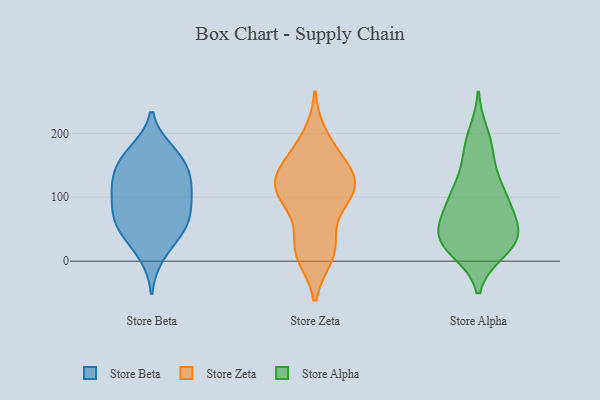
{"axis": {"x": "Conversion Rate (%)", "y": "Value"}, "legend": ["Store Alpha", "Store Beta", "Store Zeta"], "data": [{"x": "", "y": 122, "type": "Store Beta"}, {"x": "", "y": 41, "type": "Store Beta"}, {"x": "", "y": 10, "type": "Store Beta"}, {"x": "", "y": 66, "type": "Store Beta"}, {"x": "", "y": 164, "type": "Store Beta"}, {"x": "", "y": 139, "type": "Store Beta"}, {"x": "", "y": 55, "type": "Store Beta"}, {"x": "", "y": 172, "type": "Store Beta"}, {"x": "", "y": 115, "type": "Store Beta"}, {"x": "", "y": 50, "type": "Store Beta"}, {"x": "", "y": 79, "type": "Store Beta"}, {"x": "", "y": 163, "type": "Store Beta"}, {"x": "", "y": 86, "type": "Store Beta"}, {"x": "", "y": 131, "type": "Store Beta"}, {"x": "", "y": 103, "type": "Store Beta"}, {"x": "", "y": 89, "type": "Store Zeta"}, {"x": "", "y": 106, "type": "Store Zeta"}, {"x": "", "y": 121, "type": "Store Zeta"}, {"x": "", "y": 112, "type": "Store Zeta"}, {"x": "", "y": 128, "type": "Store Zeta"}, {"x": "", "y": 170, "type": "Store Zeta"}, {"x": "", "y": 139, "type": "Store Zeta"}, {"x": "", "y": 120, "type": "Store Zeta"}, {"x": "", "y": 10, "type": "Store Zeta"}, {"x": "", "y": 101, "type": "Store Zeta"}, {"x": "", "y": 18, "type": "Store Zeta"}, {"x": "", "y": 154, "type": "Store Zeta"}, {"x": "", "y": 17, "type": "Store Zeta"}, {"x": "", "y": 28, "type": "Store Zeta"}, {"x": "", "y": 194, "type": "Store Zeta"}, {"x": "", "y": 35, "type": "Store Alpha"}, {"x": "", "y": 26, "type": "Store Alpha"}, {"x": "", "y": 17, "type": "Store Alpha"}, {"x": "", "y": 48, "type": "Store Alpha"}, {"x": "", "y": 104, "type": "Store Alpha"}, {"x": "", "y": 82, "type": "Store Alpha"}, {"x": "", "y": 37, "type": "Store Alpha"}, {"x": "", "y": 176, "type": "Store Alpha"}, {"x": "", "y": 81, "type": "Store Alpha"}, {"x": "", "y": 33, "type": "Store Alpha"}, {"x": "", "y": 118, "type": "Store Alpha"}, {"x": "", "y": 24, "type": "Store Alpha"}, {"x": "", "y": 97, "type": "Store Alpha"}, {"x": "", "y": 123, "type": "Store Alpha"}, {"x": "", "y": 170, "type": "Store Alpha"}, {"x": "", "y": 198, "type": "Store Alpha"}, {"x": "", "y": 38, "type": "Store Alpha"}, {"x": "", "y": 63, "type": "Store Alpha"}]}